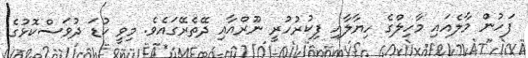
ފަހުން މާލެއައި މާހިލްގެ ހިޔާލާއި ފިކުރުހުރީ ނޫރްއާއި ދޭތެރޭގައެވެ. މިވީ ކުޑަ ދުވަސްކޮޅުގެ